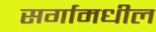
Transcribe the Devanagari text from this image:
सर्गामधील